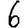
Digit: 6